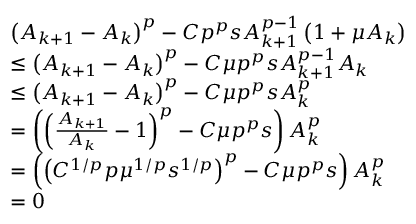
\begin{array} { r l } & { \left( A _ { k + 1 } - A _ { k } \right) ^ { p } - C p ^ { p } s A _ { k + 1 } ^ { p - 1 } \left( 1 + \mu A _ { k } \right) } \\ & { \leq \left( A _ { k + 1 } - A _ { k } \right) ^ { p } - C \mu p ^ { p } s A _ { k + 1 } ^ { p - 1 } A _ { k } } \\ & { \leq \left( A _ { k + 1 } - A _ { k } \right) ^ { p } - C \mu p ^ { p } s A _ { k } ^ { p } } \\ & { = \left( \left( \frac { A _ { k + 1 } } { A _ { k } } - 1 \right) ^ { p } - C \mu p ^ { p } s \right) A _ { k } ^ { p } } \\ & { = \left( \left( C ^ { 1 / p } p \mu ^ { 1 / p } s ^ { 1 / p } \right) ^ { p } - C \mu p ^ { p } s \right) A _ { k } ^ { p } } \\ & { = 0 } \end{array}